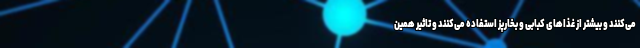
می‌کنند و بیشتر از غذاهای کبابی و بخارپز استفاده می‌کنند و تاثیر همین